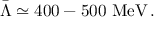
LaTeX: \bar { \Lambda } \simeq 4 0 0 - 5 0 0 ~ \mathrm { M e V } \, .